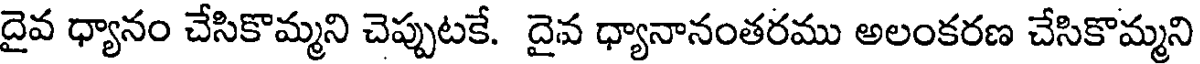
దైవ ధ్యానం చేసికొమ్మని చెప్పుటకే. దైవ ధ్యానానంతరము అలంకరణ చేసికొమ్మని